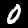
Digit: 0